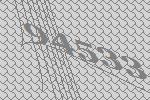
94533